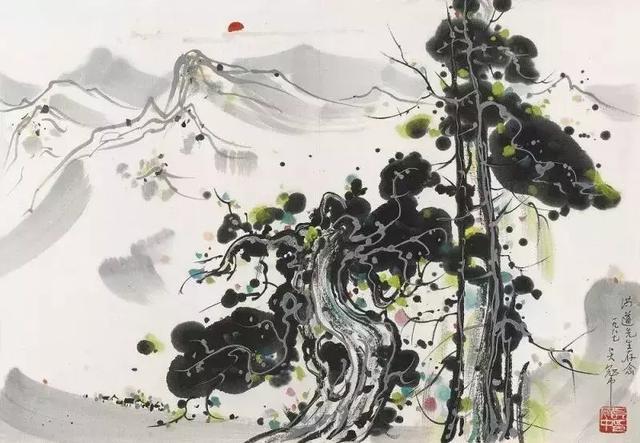
如欲平治天下，当今之世，舍我其谁也。